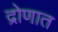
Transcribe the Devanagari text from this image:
द्रोणात